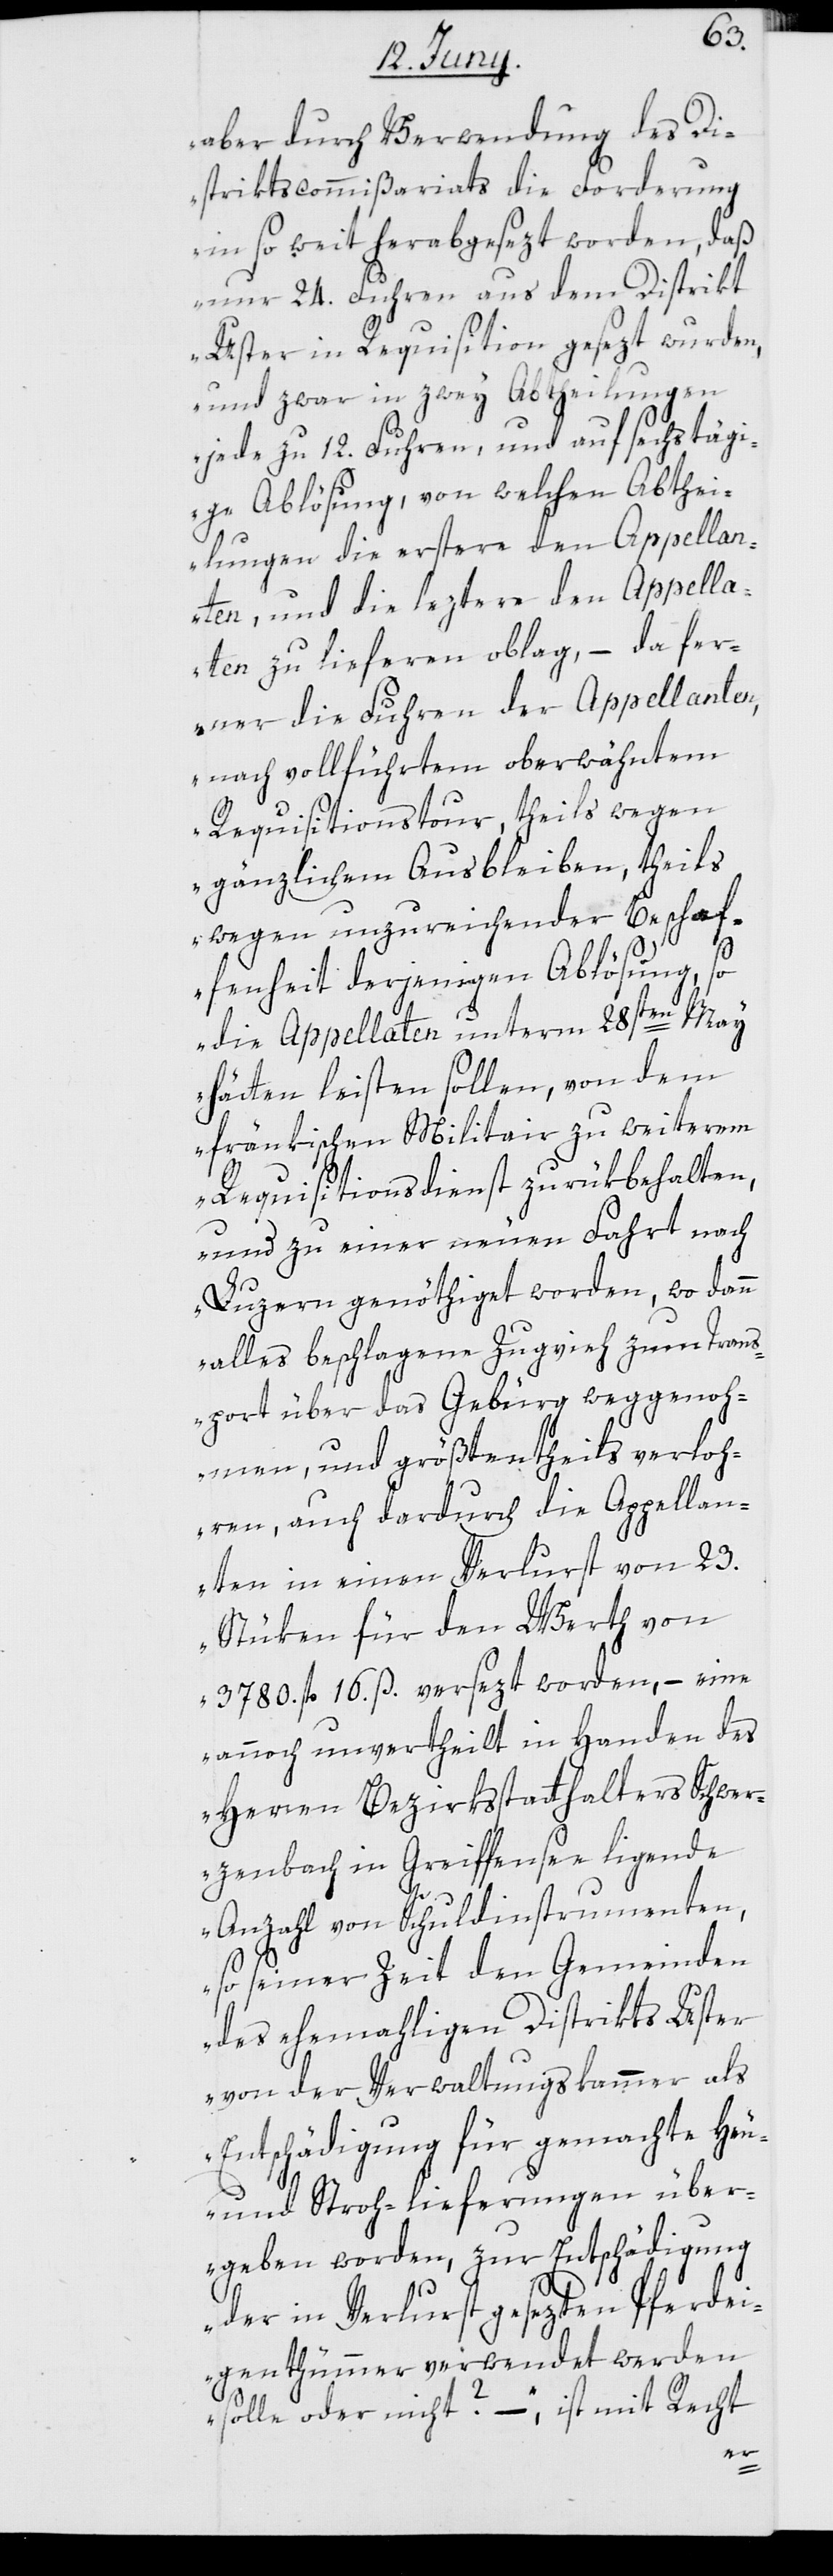
aber durch Verwendung des Di¬
striktscommißariats die Forderung
in so weit herabgesezt worden, daß
nur 24. Fuhren aus dem Distrikt
Uster in Requisition gesezt wurden,
und zwar in zwey Abtheilungen
jede zu 12. Fuhren, und auf sechstägi¬
ge Ablösung, von welchen Abthei¬
lungen die erstere den Appellan¬
ten, und die leztere den Appella¬
ten zu liefern oblag, – da fer¬
ner die Fuhren der Appellanten,
nach vollführtem oberwähntem
Requisitionstour, theils wegen
gänzlichem Ausbleiben, theils
wegen unzureichender Beschaf¬
fenheit derjenigen Ablösung, so
die Appellaten unterm 28sten May
hätten leisten sollen, von dem
fränkischen Militair zu weiterem
Requisitonsdienst zurükbehalten,
und zu einer neuen Fahrt nach
Luzern genöthiget worden, wo dann
alles beschlagene Zugvieh zum Trans¬
port über das Gebürg weggenoh¬
men, und größtentheils verloh¬
ren, auch dardurch die Appellan¬
ten in einen Verlurst von 23.
Stüken für den Werth von
3780. fl. 16. ß. versezt worden, – eine
annoch unvertheilt in Handen des
Herren Bezirksstatthalters Schwer¬
zenbach in Greiffensee ligende
Anzahl von Schuldinstrumenten,
so seiner Zeit den Gemeinden
des ehemaligen Distrikts Uster
von der Verwaltungskammer als
Entschädigung für gemachte Heu-
und Stroh-lieferungen über¬
geben worden, zur Entschädigung
der in Verlurst gesezten Pferdei¬
genthümmer verwendet werden
solle oder nicht?“ – ist mit Recht